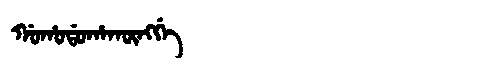
Manchu: ᡤᠣᡥᠣᡩᠣᡥᠠᡴᡡᠩᡤᡝ
Romanization: GOHODOHAKŪNGGE